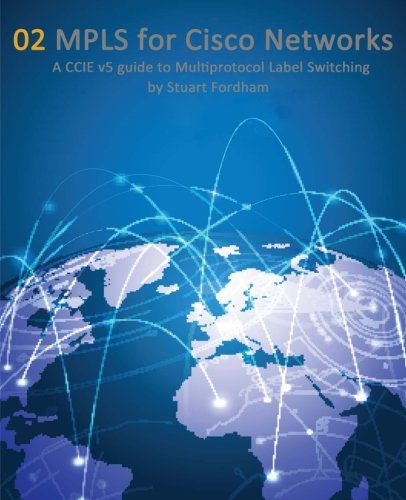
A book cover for MPLS for Cisco Networks: A CCIE v5 guide to Multiprotocol Label Switching (Cisco CCIE Routing and Switching v5.0) (Volume 2); Mr Stuart D Fordham; Computers & Technology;